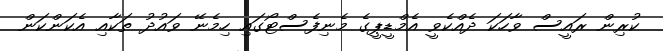
ކުރިން ރައީސް ވާހަކަ ދެއްކެވީ އެމްޑީޕީގެ މެނިފެސްޓޯގައި ހިމެނޭ ވައުދު ތަކާއި އެކަންކަން